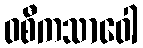
ဝစီကသာဝေါ